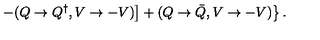
\left. \left. - ( Q \rightarrow Q ^ { \dagger } , V \rightarrow - V ) \right] + ( Q \rightarrow { \bar { Q } } , V \rightarrow - V ) \right\} .